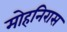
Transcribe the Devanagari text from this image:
मोहनिरास